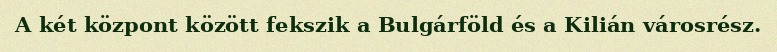
A két központ között fekszik a Bulgárföld és a Kilián városrész.